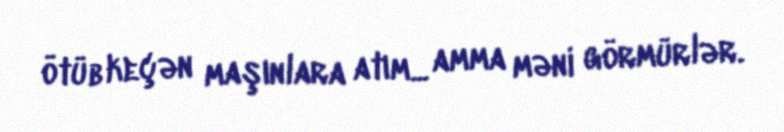
ötüb keçən maşınlara atım... amma məni görmürlər.